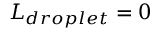
L _ { d r o p l e t } = 0